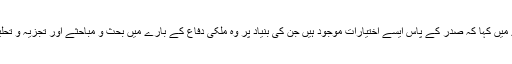
حزب اللہ کے سربراہ نے ملک کی دفاعی اسٹریٹیجی کی تدوین کے بارے میں کہا کہ صدر کے پاس ایسے اختیارات موجود ہیں جن کی بنیاد پر وہ ملکی دفاع کے بارے میں بحث و مباحثے اور تجزیہ و تحلیل کی عام دعوت دے سکتے ہیں اور ہمیں اس پر کوئی اعتراض نہیں ہے۔